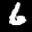
Label: 6